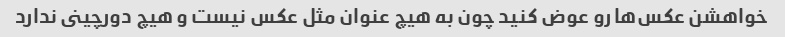
خواهشن عکس‌ها رو عوض کنید چون به هیچ عنوان مثل عکس نیست و هیچ دورچینى ندارد